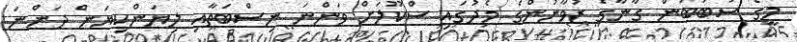
މީގެ ސަބަބުން ގާނާގެ ޒުވާނުންގެ މެދުގައި ސްކޫލަށް ވަންނަ ނިސްބަތާއި ލިޔަންކިޔަން ދަންނަ